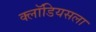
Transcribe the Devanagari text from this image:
क्लॉडियसला